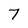
Character: 7